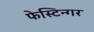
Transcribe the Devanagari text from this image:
फेस्टिन्गर